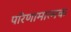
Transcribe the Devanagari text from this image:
परिणामात्‍मक